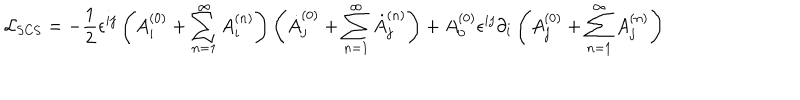
{ \cal L } _ { \mathrm { S C S } } = - \frac { 1 } { 2 } \epsilon ^ { i j } \left( A _ { i } ^ { ( 0 ) } + \sum _ { n = 1 } ^ { \infty } A _ { i } ^ { ( n ) } \right) \left( \dot { A } _ { j } ^ { ( 0 ) } + \sum _ { n = 1 } ^ { \infty } \dot { A } _ { j } ^ { ( n ) } \right) + A _ { 0 } ^ { ( 0 ) } \epsilon ^ { i j } \partial _ { i } \left( A _ { j } ^ { ( 0 ) } + \sum _ { n = 1 } ^ { \infty } A _ { j } ^ { ( n ) } \right)